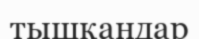
тышқандар